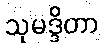
သုမဒ္ဒိတာ